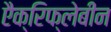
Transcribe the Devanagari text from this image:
एैक्रिफ्लेबीन